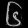
Digit: ၆